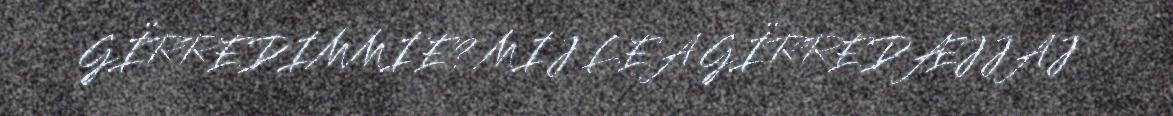
GÏRREDIMMIE? MIJ LEA GÏRREDÆJJAJ